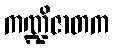
ကဏ္ဍိဇာတက